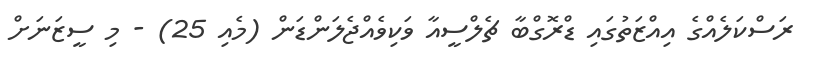
ރަސްކަލެއްގެ އިއްޒަތުގައި ޑްރޮގްބާ ޗެލްސީއާ ވަކިވެއްޖެލަންޑަން (މެއި 25) - މި ސީޒަނަށް